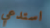
استدعي